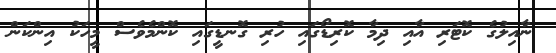
ނާއިލުގެ ކޮޓަރި އާއި ދިމާ ކޮރިޑޯގައި ހުރި ގޮނޑީގައި ކޮންމެވެސް މީހަކު އިންކަން